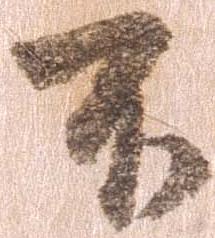
不